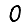
Digit: 0